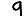
Digit: 9